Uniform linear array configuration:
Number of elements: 12
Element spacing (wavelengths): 0.75
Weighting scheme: blackman
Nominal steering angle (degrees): -60
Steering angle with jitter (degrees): -58.961
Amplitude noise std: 0.05
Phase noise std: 0.05

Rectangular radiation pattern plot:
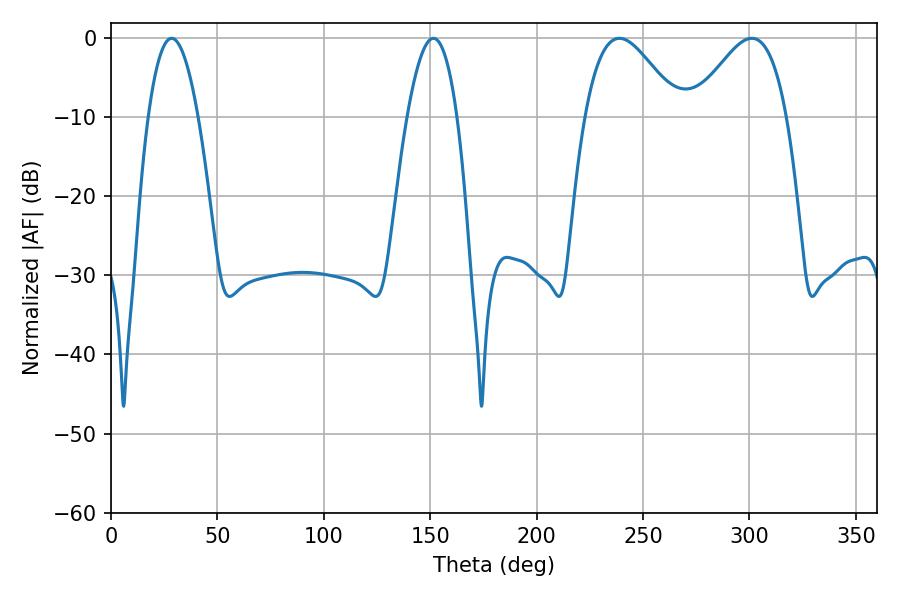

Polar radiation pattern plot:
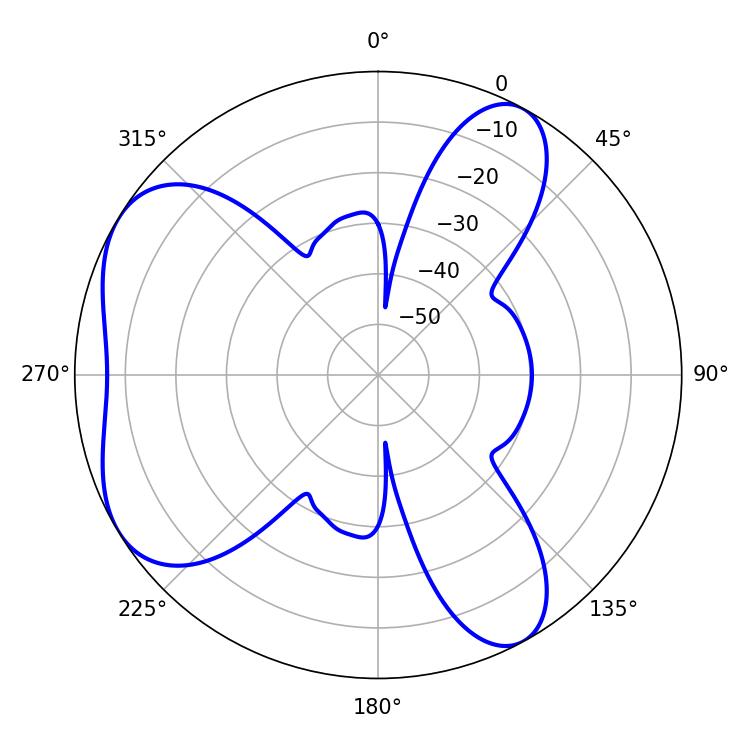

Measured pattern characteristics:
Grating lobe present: TRUE
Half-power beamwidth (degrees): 23.76
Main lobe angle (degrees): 238.86